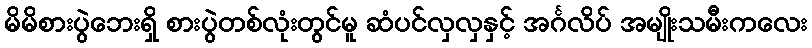
မိမိစားပွဲဘေးရှိ စားပွဲတစ်လုံးတွင်မူ ဆံပင်လှလှနှင့် အင်္ဂလိပ် အမျိုးသမီးကလေး